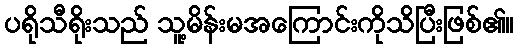
ပရိုသီရိုးသည် သူ့မိန်းမအကြောင်းကိုသိပြီးဖြစ်၏။